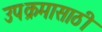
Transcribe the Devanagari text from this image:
उपक्रमासाठी